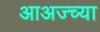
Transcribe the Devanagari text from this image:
आअज्च्या